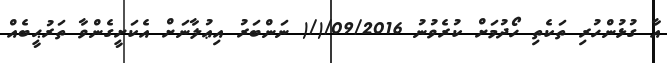
އާ ގުޅުންހުރި ތަކެތި ހޯދުމަށް ކުރެވުނު 09/2016/(/( ނަންބަރު އިޢުލާނަށް އެކަށީގެންވާ ތަރުޙީބެއް